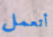
أتعمل